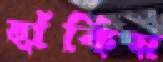
ছাঁকিয়